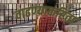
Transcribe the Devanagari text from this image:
वाढण्याकरिता